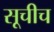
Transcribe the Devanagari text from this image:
सूचीच